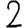
Digit: 2